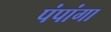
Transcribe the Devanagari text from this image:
पंपांगा